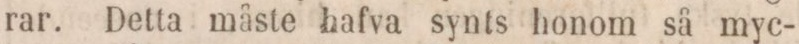
rar. Detta måste hafva synts honom så myc-